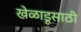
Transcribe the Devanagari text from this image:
खेळाडूसाठी